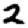
Digit: 2